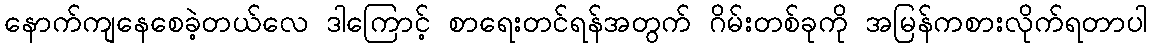
နောက်ကျနေစေခဲ့တယ်လေ ဒါကြောင့် စာရေးတင်ရန်အတွက် ဂိမ်းတစ်ခုကို အမြန်ကစားလိုက်ရတာပါ